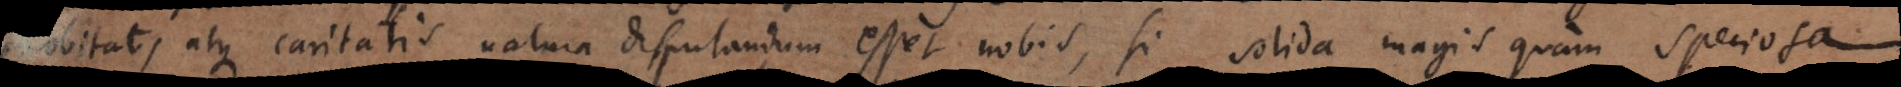
probitatis atque caritatis natura disputandum esset nobis, si solida magis quam speciosa